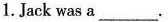
1. Jack wasa___.